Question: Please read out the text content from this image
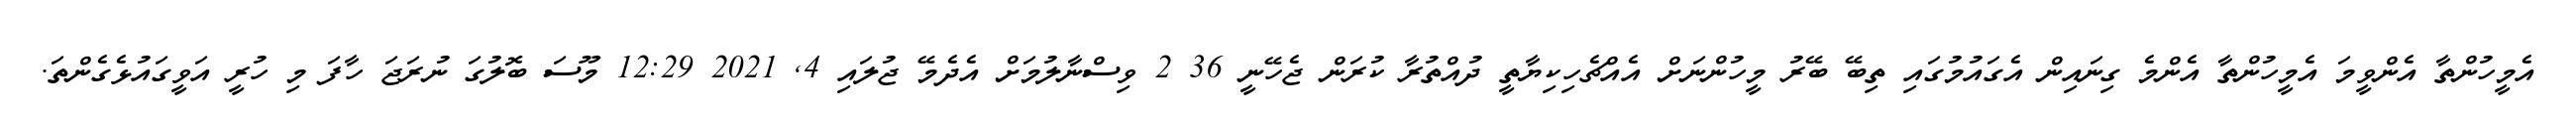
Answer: އެމީހުންތާ އެންވީމަ އެމީހުންތާ އެންމެ ގިނައިން އެގައުމުގައި ތިބޭ ބޭރު މީހުންނަށް އެއްޗެހިކިޔާތީ ދުއްތުރާ ކުރަން ޖެހޭނީ 36 2 ވިސްނާލުމަށް އެދެމޭ ޖުލައި 4, 2021 12:29 މޫސަ ބޮލުގަ ނުރަޖަ ހާފަ މި ހުރީ އަވީގައުޅެގެންތަ.